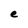
Character: e